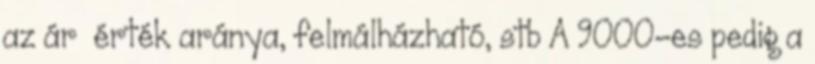
az ár érték aránya, felmálházható, stb A 9000-es pedig a